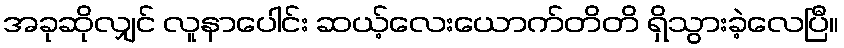
အခုဆိုလျှင် လူနာပေါင်း ဆယ့်လေးယောက်တိတိ ရှိသွားခဲ့လေပြီ။